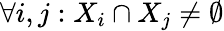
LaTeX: \forall i,j:X_{i}\cap X_{j}\neq\emptyset